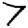
Digit: 7